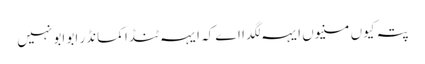
پتہ کیوں منیوں ایہہ لگدا اے کہ ایہہ ٹنڈا کمانڈر ابو ابو نہیں